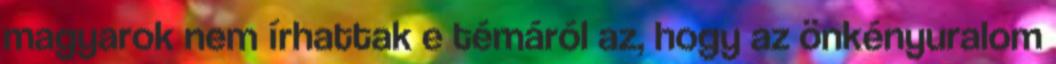
magyarok nem írhattak e témáról az, hogy az önkényuralom